Materia medica of Madras volume I
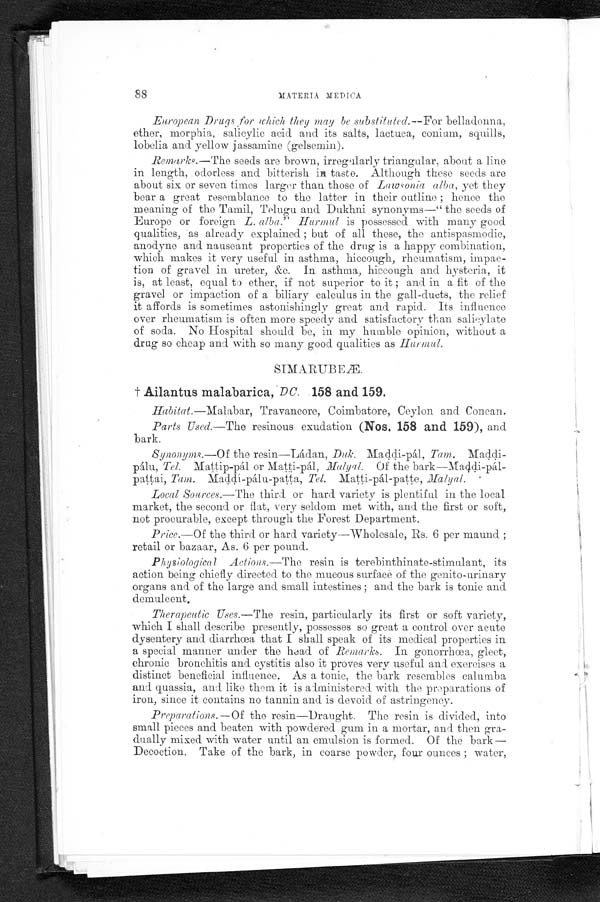
88
MATERIA MEDICA
European Drugs for which they may be substituted.--For belladonna,
ether, morphia, salicylic acid and its salts, lactuca, conium, squills,
lobelia and yellow jassamine (gelsemin).
Remarks.—The seeds are brown, irregularly triangular, about a line
in length, odorless and bitterish in taste. Although these seeds are
about six or seven times larger than those of Lawsonia alba, yet they
bear a great resemblance to the latter in their outline ; hence the
meaning of the Tamil, Telugu and Dukhni synonyms—"the seeds of
Europe or foreign L. alba." Hurmul is possessed with many good
qualities, as already explained ; but of all these, the antispasmodic,
anodyne and nauseant properties of the drug is a happy combination,
which makes it very useful in asthma, hiccough, rheumatism, impac-
tion of gravel in ureter, &c. In asthma, hiccough and hysteria, it
is, at least, equal to ether, if not superior to it ; and in a fit of the
gravel or impaction of a biliary calculus in the gall-ducts, the relief
it affords is sometimes astonishingly great and rapid. Its influence
over rheumatism is often more speedy and satisfactory than salicylate
of soda. No Hospital should be, in my humble opinion, without a
drug so cheap and with so many good qualities as H u r m u l .
SIMARUBEÆ.
† Ailantus malabarica, DC. 158 and 159.
Habitat.—Malabar, Travancore, Coimbatore, Ceylon and Concan.
Parts Used.—The resinous exudation (Nos. 158 and 159), and
bark.
Synonyms.—Of the resin—Ládan, Duk. Maddi-pál, Tam.
Maddi-pálu, Tel. Mattip-pál or Matti-pál, Malyal. Of the bark—Maddi-pál-
pattai, Tam.Maddí-pálu-patta, Tel. M a t t i - p á l - p a t t e , M a l y a l .
Local Sources.—The third or hard variety is plentiful in the local
market, the second or flat, very seldom met with, and the first or soft,
not procurable, except through the Forest Department.
Price.—Of the third or hard variety—Wholesale, Rs. 6 per maund ;
retail or bazaar, As. 6 per pound.
Physiological Actions.—The resin is terebinthinate-stimulant, its
action being chiefly directed to the mucous surface of the genito-urinary
organs and of the large and small intestines; and the bark is tonic and
demulcent.
Therapeutic Uses.—The resin, particularly its first or soft variety,
which I shall describe presently, possesses so great a control over acute
dysentery and diarrhœa that I shall speak of its medical properties in
a special manner under the head of Remarks. In gonorrhœa, gleet,
chronic bronchitis and cystitis also it proves very useful and exercises a
distinct beneficial influence. As a tonic, the bark resembles calumba
and quassia, and like them it is administered with the preparations of
iron, since it contains no tannin and is devoid of astringency.
Preparations.—Of the resin—Draught. The resin is divided, into
small pieces and beaten with powdered gum in a mortar, and then gra-
dually mixed with water until an emulsion is formed. Of the bark—
Decoction. Take of the bark, in coarse powder, four ounces ; water,